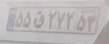
۵۵ق۲۷۲۵۳